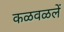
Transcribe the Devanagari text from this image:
कळवळलें